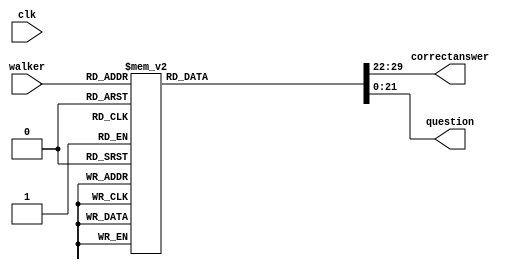
/*
   This file was generated automatically by the Mojo IDE version B1.3.6.
   Do not edit this file directly. Instead edit the original Lucid source.
   This is a temporary file and any changes made to it will be destroyed.
*/

module tester_3 (
    input clk,
    output reg [7:0] correctanswer,
    output reg [21:0] question,
    input [4:0] walker
  );
  
  
  
  always @* begin
    
    case (walker)
      1'h0: begin
        question = 22'h000113;
        correctanswer = 8'h14;
      end
      1'h1: begin
        question = 22'h007f01;
        correctanswer = 8'h80;
      end
      2'h2: begin
        question = 22'h00f098;
        correctanswer = 8'h88;
      end
      2'h3: begin
        question = 22'h008080;
        correctanswer = 8'h00;
      end
      3'h4: begin
        question = 22'h00886d;
        correctanswer = 8'hf5;
      end
      3'h5: begin
        question = 22'h011007;
        correctanswer = 8'h09;
      end
      3'h6: begin
        question = 22'h0190d0;
        correctanswer = 8'hc0;
      end
      3'h7: begin
        question = 22'h017fff;
        correctanswer = 8'h80;
      end
      4'h8: begin
        question = 22'h01817f;
        correctanswer = 8'h02;
      end
      4'h9: begin
        question = 22'h183355;
        correctanswer = 8'h11;
      end
      4'ha: begin
        question = 22'h1e3355;
        correctanswer = 8'h77;
      end
      4'hb: begin
        question = 22'h163355;
        correctanswer = 8'h66;
      end
      4'hc: begin
        question = 22'h1a3355;
        correctanswer = 8'h33;
      end
      4'hd: begin
        question = 22'h200107;
        correctanswer = 8'h80;
      end
      4'he: begin
        question = 22'h218007;
        correctanswer = 8'h01;
      end
      4'hf: begin
        question = 22'h238007;
        correctanswer = 8'hff;
      end
      5'h10: begin
        question = 22'h237f07;
        correctanswer = 8'h00;
      end
      5'h11: begin
        question = 22'h330808;
        correctanswer = 8'h01;
      end
      5'h12: begin
        question = 22'h33ff99;
        correctanswer = 8'h00;
      end
      5'h13: begin
        question = 22'h350408;
        correctanswer = 8'h01;
      end
      5'h14: begin
        question = 22'h350802;
        correctanswer = 8'h00;
      end
      5'h15: begin
        question = 22'h370808;
        correctanswer = 8'h01;
      end
      5'h16: begin
        question = 22'h370408;
        correctanswer = 8'h01;
      end
      5'h17: begin
        question = 22'h021b03;
        correctanswer = 8'h51;
      end
      5'h18: begin
        question = 22'h031b03;
        correctanswer = 8'h09;
      end
      default: begin
        question = 1'h0;
        correctanswer = 1'h0;
      end
    endcase
  end
endmodule